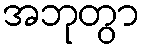
အဘုတွာ